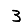
Digit: 3